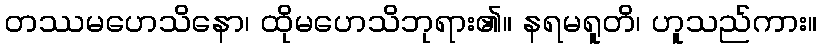
တဿမဟေသိနော၊ ထိုမဟေသိဘုရား၏။ နရမရူတိ၊ ဟူသည်ကား။